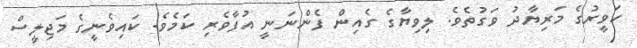
ހަވީރުގެ މަރިޔާދު ވަގުތެވެ. ލިވިޔާގެ ގެއިން ފެންނަނީ އުފާވެރި ކަމެވެ. ކައިވެނީގެ މަޖިލީސް